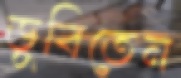
ডুবিতেন